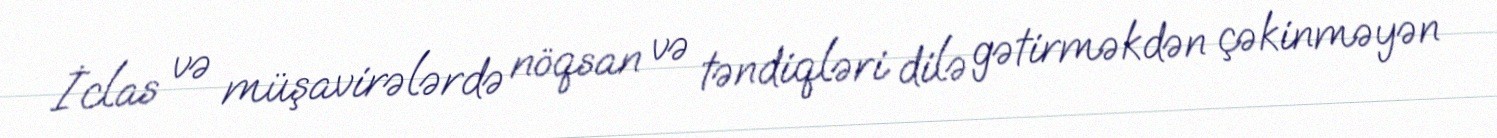
İclas və müşavirələrdə nöqsan və təndiqləri dilə gətirməkdən çəkinməyən